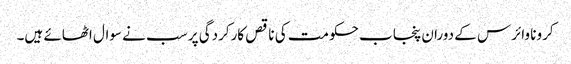
کرونا وائرس کے دوران پنجاب حکومت کی ناقص کارکردگی پر سب نے سوال اٹھائے ہیں۔